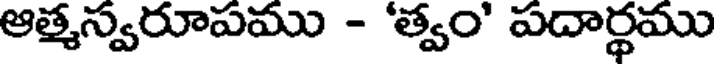
ఆత్మస్వరూపము - 'త్వం' పదార్థము